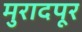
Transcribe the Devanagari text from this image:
मुरादपूर